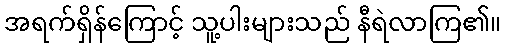
အရက်ရှိန်ကြောင့် သူ့ပါးများသည် နီရဲလာကြ၏။